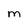
Character: M